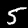
Label: 5